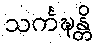
သင်္ကဍ္ဎန္တိ